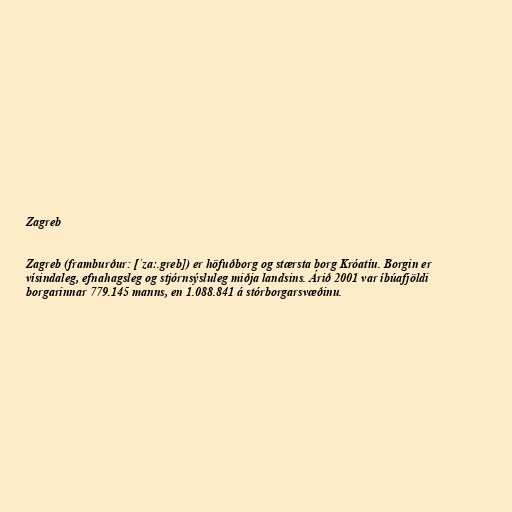
Zagreb

Zagreb (framburður: [ˈzɑː.greb]) er höfuðborg og stærsta borg Króatíu. Borgin er
vísindaleg, efnahagsleg og stjórnsýsluleg miðja landsins. Árið 2001 var íbúafjöldi
borgarinnar 779.145 manns, en 1.088.841 á stórborgarsvæðinu.